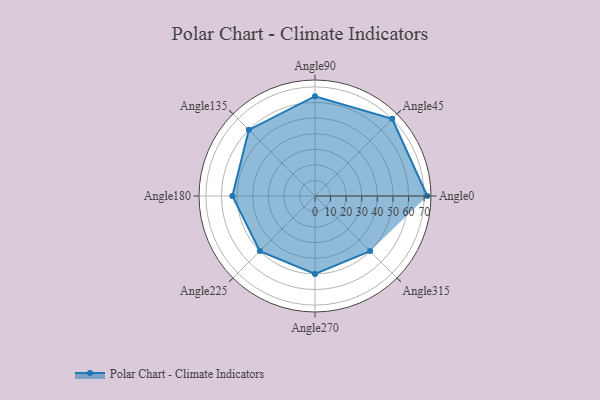
{"axis": {"x": "Angle", "y": "Radius"}, "legend": [""], "data": [{"x": "Angle0", "y": 72.0, "type": ""}, {"x": "Angle45", "y": 70.0, "type": ""}, {"x": "Angle90", "y": 64.0, "type": ""}, {"x": "Angle135", "y": 60.0, "type": ""}, {"x": "Angle180", "y": 53.0, "type": ""}, {"x": "Angle225", "y": 50, "type": ""}, {"x": "Angle270", "y": 50, "type": ""}, {"x": "Angle315", "y": 50, "type": ""}]}